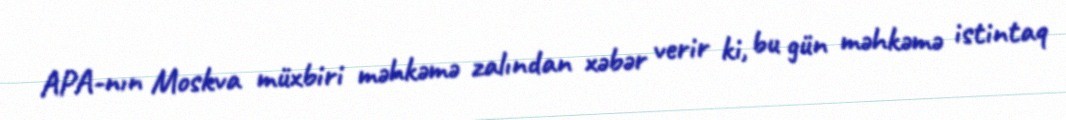
APA-nın Moskva müxbiri məhkəmə zalından xəbər verir ki, bu gün məhkəmə istintaq